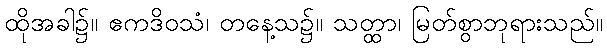
ထိုအခါ၌။ ဧကဒိဝသံ၊ တနေ့သ၌။ သတ္ထာ၊ မြတ်စွာဘုရားသည်။